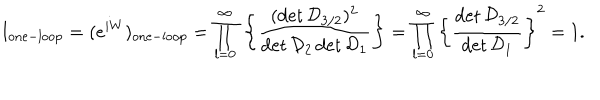
I _ { \mathrm { o n e - l o o p } } = ( e ^ { i W } ) _ { \mathrm { o n e - l o o p } } = \prod _ { l = 0 } ^ { \infty } { } \left\{ { \frac { ( \det { \cal D } _ { 3 / 2 } ) ^ { 2 } } { \det { \cal D } _ { 2 } \det { \cal D } _ { 1 } } } \right\} = \prod _ { l = 0 } ^ { \infty } { } \left\{ { \frac { \det { \cal D } _ { 3 / 2 } } { \det { \cal D } _ { 1 } } } \right\} ^ { 2 } = 1 .